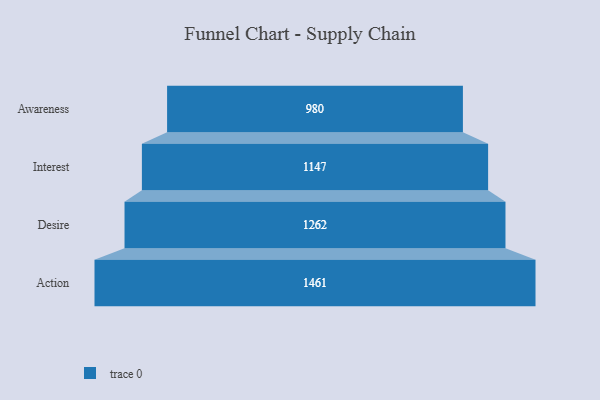
{"axis": {"x": "Stage", "y": "Value"}, "legend": [""], "data": [{"x": "Awareness", "y": 980.0, "type": ""}, {"x": "Interest", "y": 1147.0, "type": ""}, {"x": "Desire", "y": 1262.0, "type": ""}, {"x": "Action", "y": 1461.0, "type": ""}]}